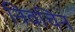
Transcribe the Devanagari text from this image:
निवचिन